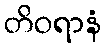
တိဝရာနံ